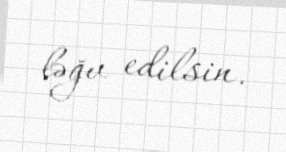
ləğv edilsin.